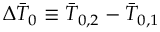
\Delta \bar { T } _ { 0 } \equiv \bar { T } _ { 0 , 2 } - \bar { T } _ { 0 , 1 }